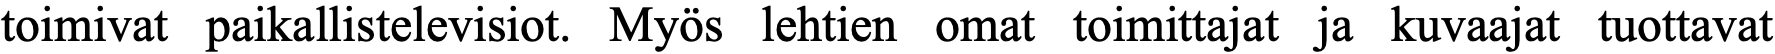
toimivat paikallistelevisiot. Myös lehtien omat toimittajat ja kuvaajat tuottavat